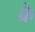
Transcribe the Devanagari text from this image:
क्रै